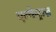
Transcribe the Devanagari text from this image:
एल्केट्राज़